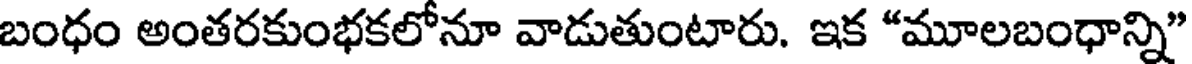
బంధం అంతరకుంభకలోనూ వాడుతుంటారు. ఇక "మూలబంధాన్ని"